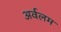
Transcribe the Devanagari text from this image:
अर्वलम